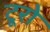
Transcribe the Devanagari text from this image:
टूरो